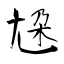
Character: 尮